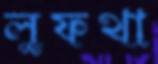
লুফথা